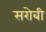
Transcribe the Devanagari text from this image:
सरोबी